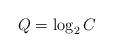
LaTeX: \begin{align*} Q=\log_{2}C\end{align*}